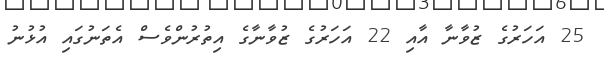
25 އަހަރުގެ ޒުވާނާ އާއި 22 އަހަރުގެ ޒުވާނާގެ އިތުރުންވެސް އެތަނުގައި އުޅުނު